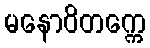
မနောဝိတက္ကေ